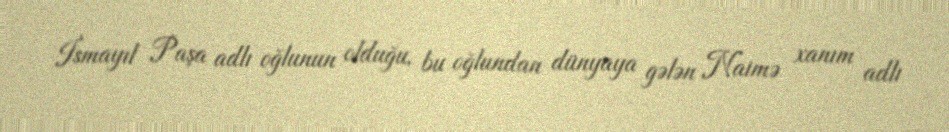
İsmayıl Paşa adlı oğlunun olduğu, bu oğlundan dünyaya gələn Naimə xanım adlı